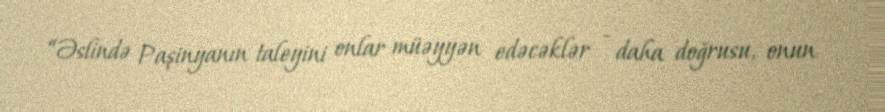
“Əslində Paşinyanın taleyini onlar müəyyən edəcəklər - daha doğrusu, onun